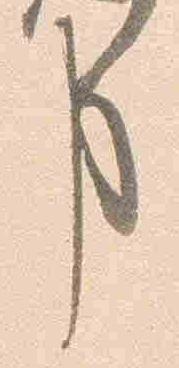
事